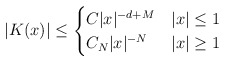
\begin{align*}|K(x)|\leq\begin{cases}C|x|^{-d+M}& |x|\leq 1\\C_N |x|^{-N}& |x|\geq 1\end{cases}\end{align*}